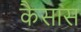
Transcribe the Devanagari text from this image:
कैसास